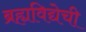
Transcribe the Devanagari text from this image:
ब्रह्यविद्येची